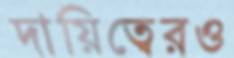
দায়িত্বেরও